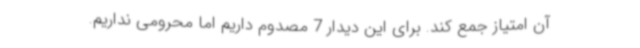
آن امتیاز جمع کند. برای این دیدار 7 مصدوم داریم اما محرومی نداریم.